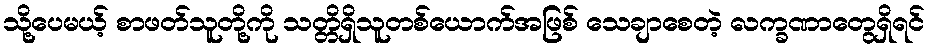
သို့ပေမယ့် စာဖတ်သူတို့ကို သတ္တိရှိသူတစ်ယောက်အဖြစ် သေချာစေတဲ့ လက္ခဏာတွေရှိရင်